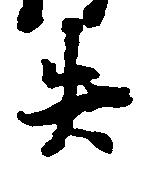
失